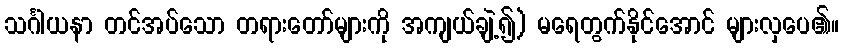
သင်္ဂါယနာ တင်အပ်သော တရားတော်များကို အကျယ်ချဲ့၍) မရေတွက်နိုင်အောင် များလှပေ၏။